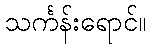
သင်္ကန်းရောင်။